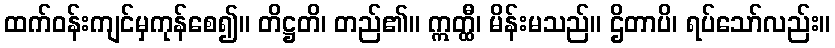
ထက်ဝန်းကျင်မှကုန်စေ၍။ တိဋ္ဌတိ၊ တည်၏။ ဣတ္ထီ၊ မိန်းမသည်။ ဌိတာပိ၊ ရပ်သော်လည်း။